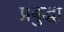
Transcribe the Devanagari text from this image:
प्रबुद्धा